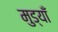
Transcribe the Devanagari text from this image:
मुड्याँ